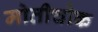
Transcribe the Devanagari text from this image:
मोतीचौक